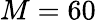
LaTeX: M=60